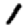
Digit: 1